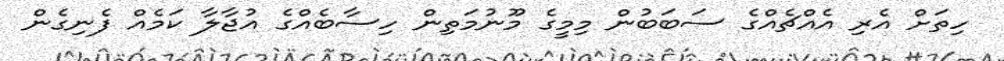
ހިތަށް އެރި އެއްޗެއްގެ ސަބަބުން މިމީގެ މޫނުމަތިން ހިސާބެއްގެ އުޖާލާ ކަމެއް ފެނިގެން